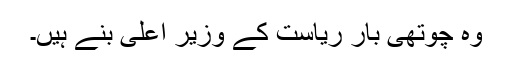
وہ چوتھی بار ریاست کے وزیر اعلی بنے ہیں۔